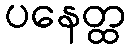
ပနေတ္ထ